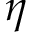
\eta